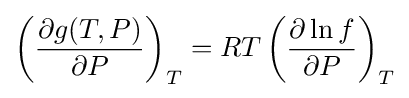
\left({\frac {\partial g(T,P)}{\partial P}}\right)_{T}=RT\left({\frac {\partial \ln f}{\partial P}}\right)_{T}